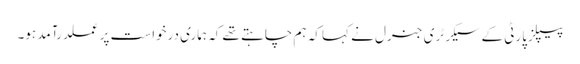
پیپلزپارٹی کے سیکرٹری جنرل نے کہا کہ ہم چاہتے تھے کہ ہماری درخواست پر عملدرآمد ہو۔